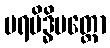
ပရမိဒ္ဓိပတ္တော